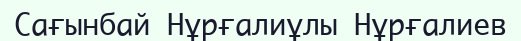
Сағынбай Нұрғалиұлы Нұрғалиев